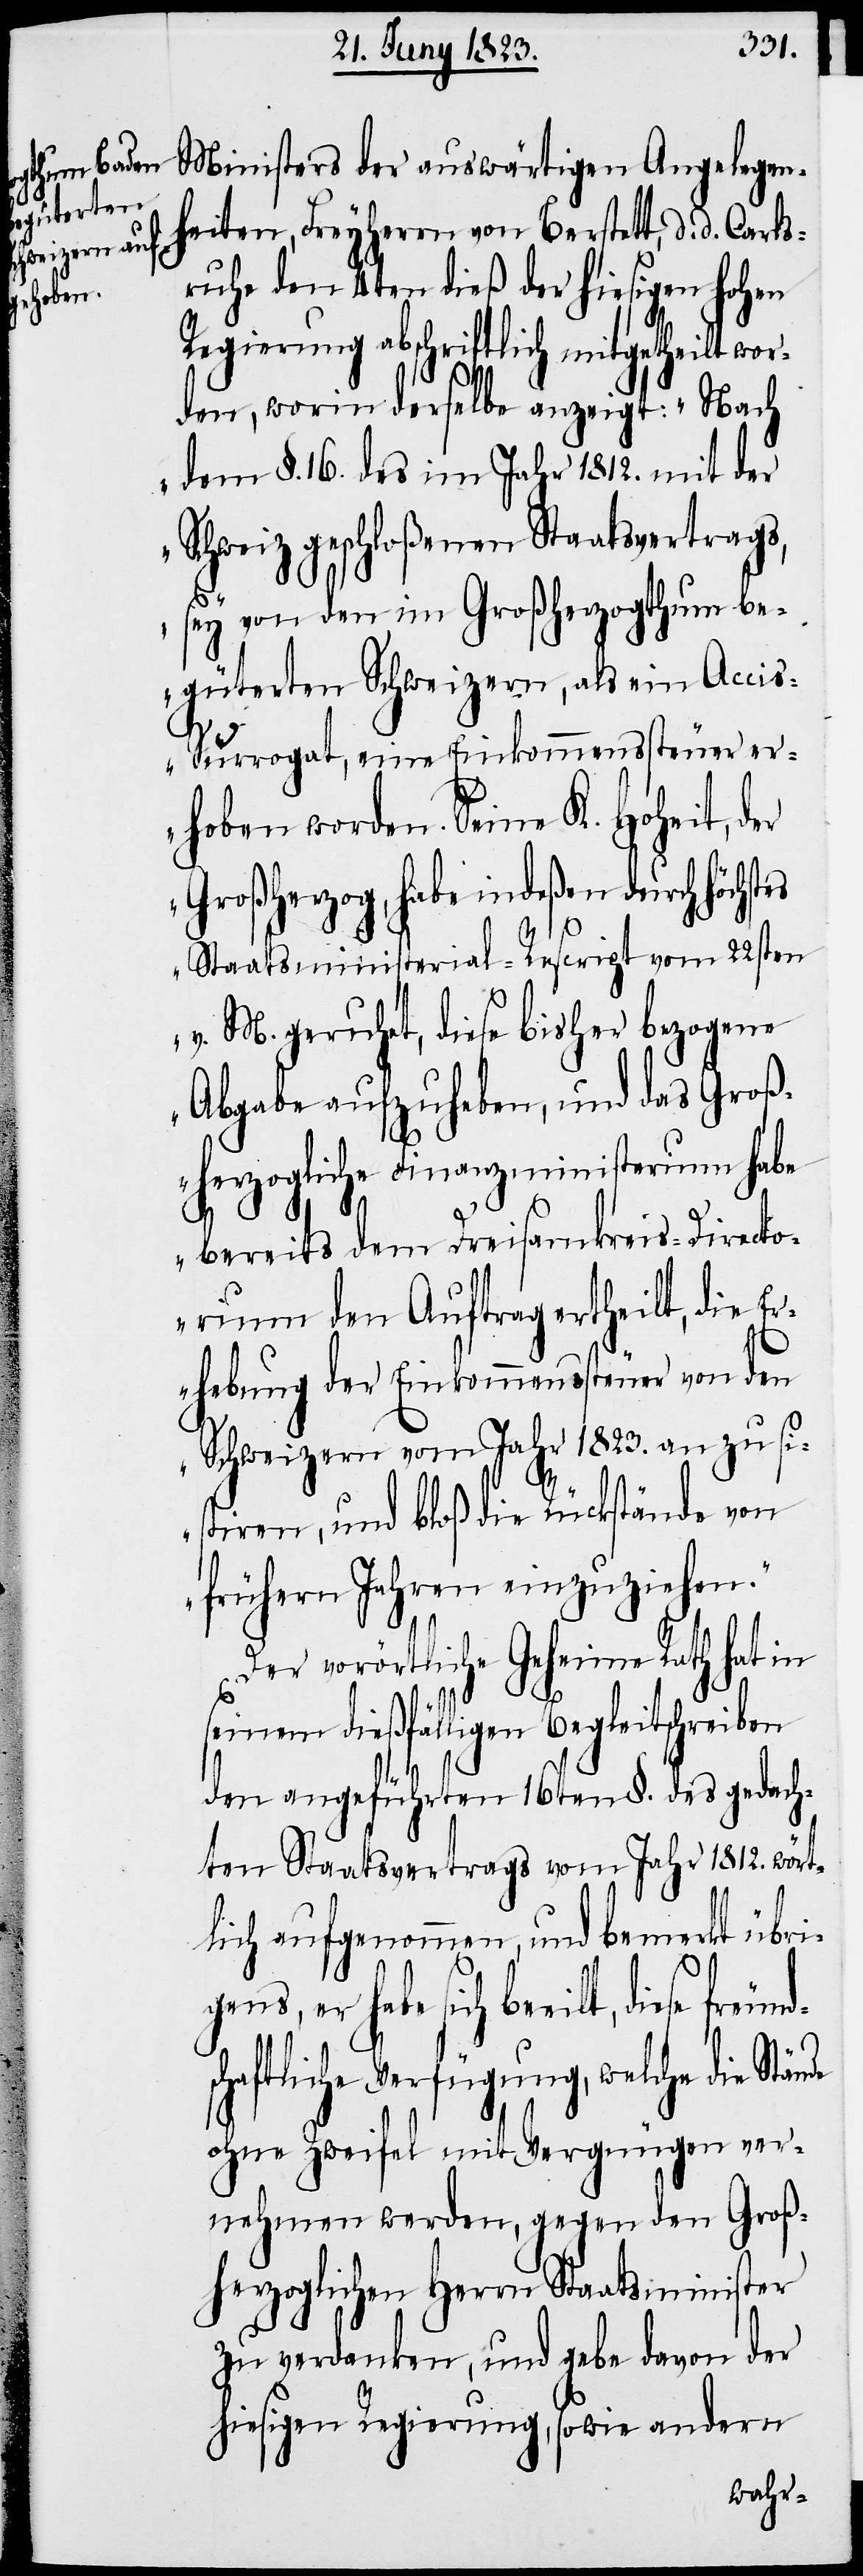
Ministers der auswärtigen Angelegen¬
heiten, Freyherrn von Berstett, d. d. Carl¬
sruhe den 4ten dieß der hiesigen hohen
Regierung abschriftlich mitgetheilt wo¬
rden, worin derselbe anzeigt: „Nach
dem §. 16. des im Jahr 1812. mit der
Schweiz geschloßenen Staatsvertrags,
sey von den im Großherzogthum be¬
güterten Schweizern, als ein Acci¬
s-Surrogat, eine Einkommenssteuer er¬
hoben worden. Seine K. Hoheit, der
Großherzog, habe indeßen durch höchst¬
es Staatsministerial-Rescript vom 22sten
v. M. geruhet, diese bisher bezogene
Abgabe aufzuheben, und das Groß¬
herzogliche Finanzministerium habe
bereits dem Dreisamkreis-Directo¬
rium den Auftrag ertheilt, die Er¬
hebung der Einkommenssteuer von den
Schweizern vom Jahr 1823. an zu si¬
stiren, und bloß die Rückstände von
frühern Jahren einzuziehen.“
Der vorörtliche Geheime Rath hat in
seinem dießfälligen Begleitschreiben
den angeführten 16ten §. des gedach¬
ten Staatsvertrags vom Jahr 1812. wört¬
lich aufgenommen, und bemerkt übri¬
lt, diese freund¬
schaftliche Verfügung, welche die Stän¬
de ohne Zweifel mit Vergnügen ver¬
nehmen werden, gegen den Groß¬
herzoglichen Herrn Staatsminister
zu verdanken, und gebe davon der
hiesigen Regierung, sowie andern